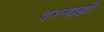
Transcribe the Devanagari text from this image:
दरगाही